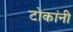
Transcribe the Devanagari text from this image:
टोकांनी